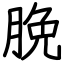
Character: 脕